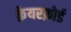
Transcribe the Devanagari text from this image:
फ़ेयरफ़ोर्ड